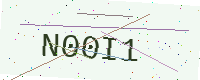
Text: N00I1